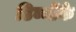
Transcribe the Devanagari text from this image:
डिब्बोंके